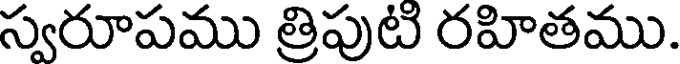
స్వరూపము త్రిపుటి రహితము.